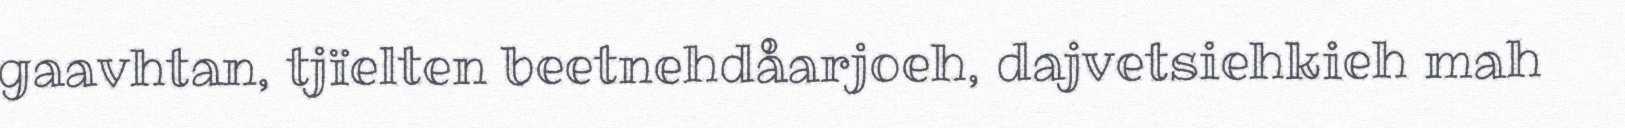
gaavhtan, tjïelten beetnehdåarjoeh, dajvetsiehkieh mah